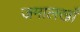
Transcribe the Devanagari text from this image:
जमालखाँ